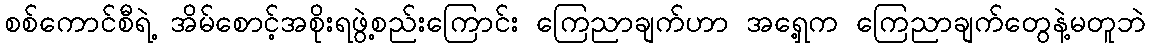
စစ်ကောင်စီရဲ့ အိမ်စောင့်အစိုးရဖွဲ့စည်းကြောင်း ကြေညာချက်ဟာ အရှေ့က ကြေညာချက်တွေနဲ့မတူဘဲ